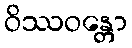
ဝိဿဝန္တော